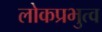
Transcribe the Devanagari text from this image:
लोकप्रभुत्व